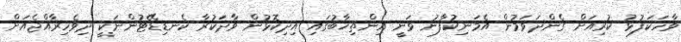
ވާހަކަފުޅު ކުރިއަށް ގެންދަވަމުން އެމަނިކުފާނު ވަނީ އިންތިޚާބުގައި އިދިކޮޅުން ވާދަކުރާ ކެނޑިޑޭޓުންނަކީ ދިވެހިރާއްޖެއަށް